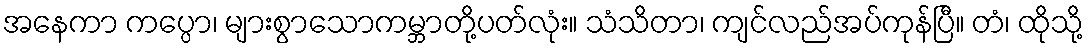
အနေကာ ကပ္ပော၊ များစွာသောကမ္ဘာတို့ပတ်လုံး။ သံသိတာ၊ ကျင်လည်အပ်ကုန်ပြီ။ တံ၊ ထိုသို့